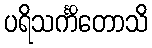
ပရိသင်္ကိတောသိ